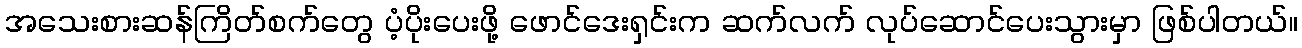
အသေးစားဆန်ကြိတ်စက်တွေ ပံ့ပိုးပေးဖို့ ဖောင်ဒေးရှင်းက ဆက်လက် လုပ်ဆောင်ပေးသွားမှာ ဖြစ်ပါတယ်။